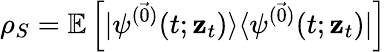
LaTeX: \rho_{S}=\mathbb{E}\left[\vert\psi^{(\vec{0})}(t;\mathbf{z}_{t})\rangle\langle\psi^{(\vec{0})}(t;\mathbf{z}_{t})\vert\right]